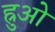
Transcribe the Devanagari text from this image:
ह्रुओ